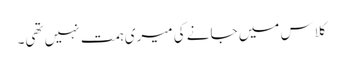
کلاس میں جانے کی میری ہمت نہیں تھی۔